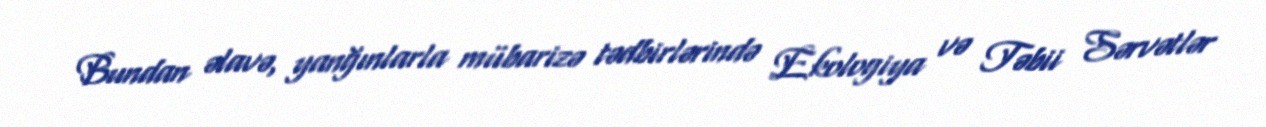
Bundan əlavə, yanğınlarla mübarizə tədbirlərində Ekologiya və Təbii Sərvətlər